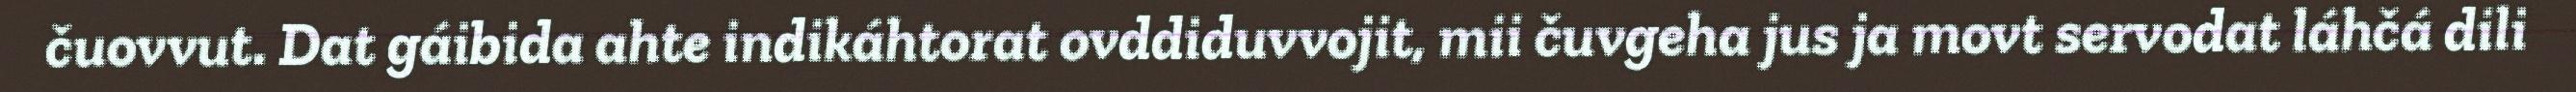
čuovvut. Dat gáibida ahte indikáhtorat ovddiduvvojit, mii čuvgeha jus ja movt servodat láhčá dili